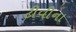
ટીવીના